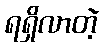
ရရှိလာတဲ့